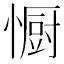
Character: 𭞭